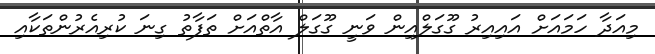
މިއަދާ ހަމައަށް އައިއިރު ގޫގަލްއިން ވަނީ ގޫގަލް އާތްއަށް ތަފާތު ގިނަ ކުރިއެރުންތަކާއި